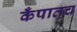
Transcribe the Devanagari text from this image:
कँपातच